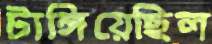
টাঙ্গিয়েছিল